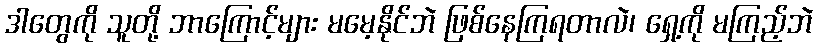
ဒါတွေကို သူတို့ ဘာကြောင့်များ မမေ့နိုင်ဘဲ ဖြစ်နေကြရတာလဲ၊ ရှေ့ကို မကြည့်ဘဲ